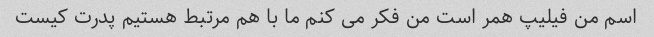
اسم من فیلیپ همر است من فکر می کنم ما با هم مرتبط هستیم پدرت کیست